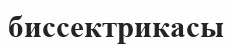
биссектрикасы